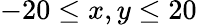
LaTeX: -20\leq x,y\leq 20